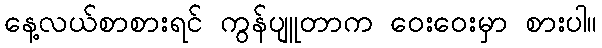
နေ့လယ်စာစားရင် ကွန်ပျူတာက ဝေးဝေးမှာ စားပါ။